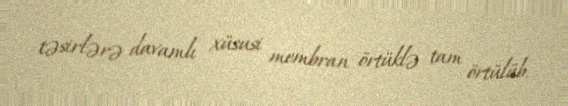
təsirlərə davamlı xüsusi membran örtüklə tam örtülüb.